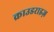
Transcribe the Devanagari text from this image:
क्राउडराइज़